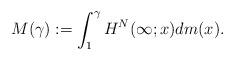
LaTeX: \begin{align*}M(\gamma) := \int_{1}^{\gamma}H^N(\infty;x)dm(x). \end{align*}